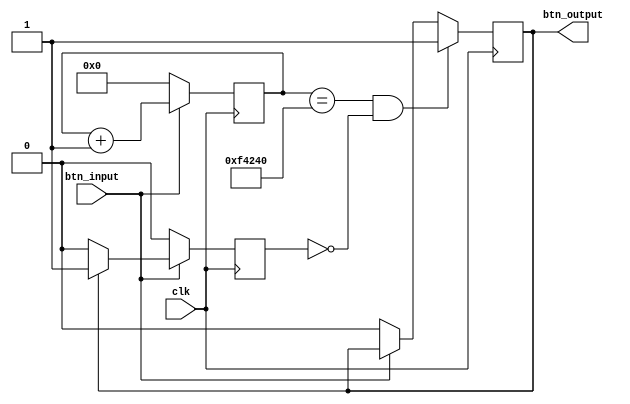
// Copyright Notice: This code is written by the TAs of this course.

module debounce(input clk, input btn_input, output btn_output);

parameter DEBOUNCE_PERIOD = 1000000; /* 20 msec @ 50MHz */

reg [20:0] counter;
reg debounced_btn_state;
reg pressed;

assign btn_output = debounced_btn_state;

always @(posedge clk) begin
	if (btn_input == 0) begin
		counter <= 0;
		pressed <= 0;
	end else begin
		counter <= counter + 1;
		pressed <= (debounced_btn_state == 1) ? 1 : 0;
	end
end

always @(posedge clk) begin
	// wait until the button is pressed continuously for 20 msec
	if (counter == DEBOUNCE_PERIOD && pressed == 0)
		debounced_btn_state <= 1;
	else
		debounced_btn_state <= (btn_input == 0) ? 0 : btn_output;
end

endmodule